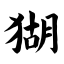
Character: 猢